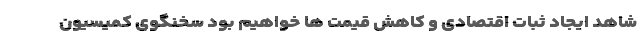
شاهد ایجاد ثبات اقتصادی و کاهش قیمت ها خواهیم بود سخنگوی کمیسیون